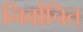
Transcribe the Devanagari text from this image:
निर्वाचित्